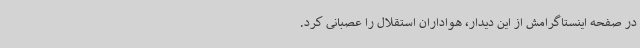
در صفحه اینستاگرامش از این دیدار، هواداران استقلال را عصبانی کرد.